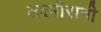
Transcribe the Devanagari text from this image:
लक्ष्मीरानी